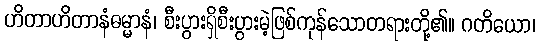
ဟိတာဟိတာနံဓမ္မာနံ၊ စီးပွားရှိစီးပွားမဲ့ဖြစ်ကုန်သောတရားတို့၏။ ဂတိယော၊